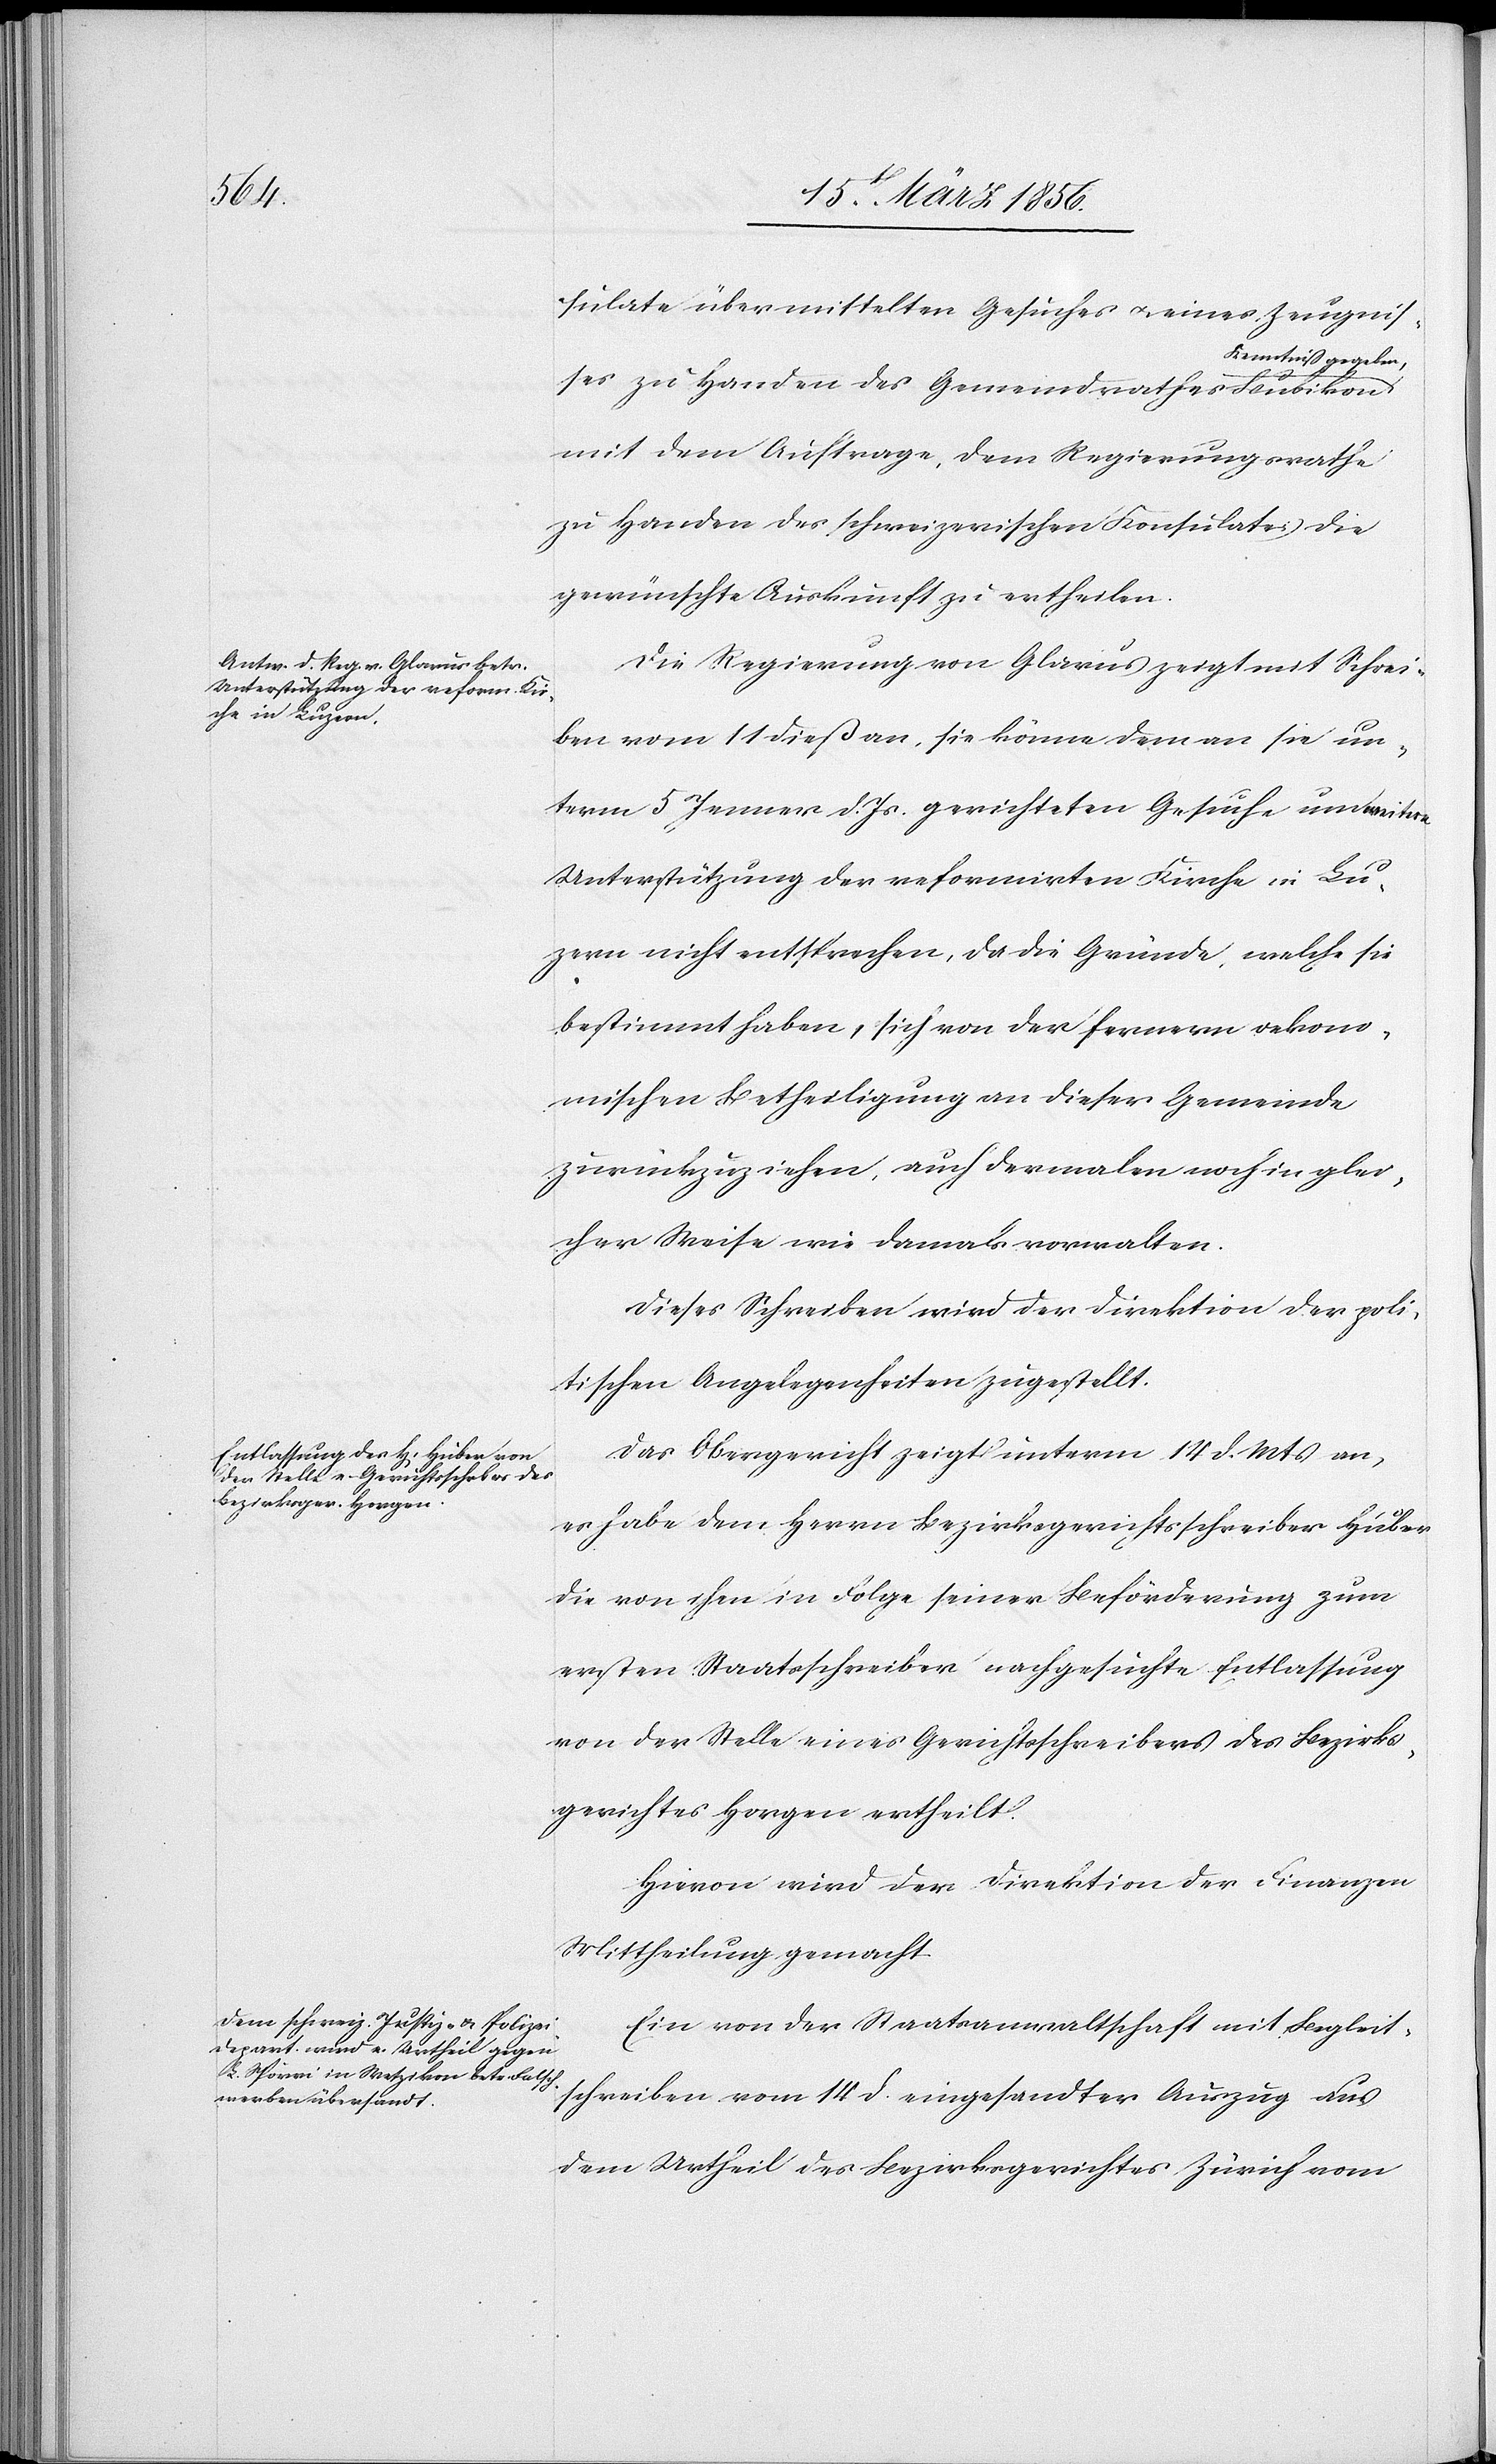
sulate übermittelten Gesuches u. eines Zeugnis¬
aKenntniß gegeben,a
ses zu Handen des Gemeindrathes Bubikon
mit dem Auftrage, dem Regierungsrathe
zu Handen des schweizerischen Konsulates die
gewünschte Auskunft zu ertheilen.
Die Regierung von Glarus zeigt mit Schrei¬
ben vom 11 dieß an, sie könne dem an sie un¬
term 5 Jenner d. Js. gerichteten Gesuche um weitere
Unterstützung der reformirten Kirche in Lu¬
zern nicht entsprechen, da die Gründe, welche sie
bestimmt haben, sich von der fernern oekono¬
mischen Betheiligung an dieser Gemeinde
zurückzuziehen, auch dermalen noch in glei¬
cher Weise wie damals vorwalten.
Dieses Schreiben wird der Direktion der poli¬
tischen Angelegenheiten zugestellt.
Das Obergericht zeigt unterm 14 d. Mts an,
es habe dem Herrn Bezirksgerichtsschreiber Huber
die von ihm in Folge seiner Beförderung zum
ersten Staatsschreiber nachgesuchte Entlassung
von der Stelle eines Gerichtsschreibers des Bezirks¬
gerichtes Horgen ertheilt.
Hievon wir der Direktion der Finanzen
Mittheilung gemacht.
Ein von der Staatsanwaltschaft mit Begleit¬
schreiben vom 14 d. eingesandter Auszug aus
dem Urtheil des Bezirksgerichtes Zürich vom